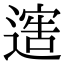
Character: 𨖄